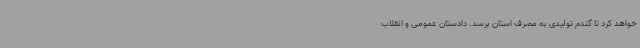
خواهد کرد تا گندم تولیدی به مصرف استان برسد. دادستان عمومی و انقلاب